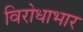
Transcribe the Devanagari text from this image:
विरोधाभार